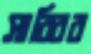
সাব্বির